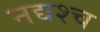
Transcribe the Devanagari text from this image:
नद्यश्‍च